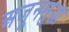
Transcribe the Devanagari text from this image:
अजूनसुद्धा